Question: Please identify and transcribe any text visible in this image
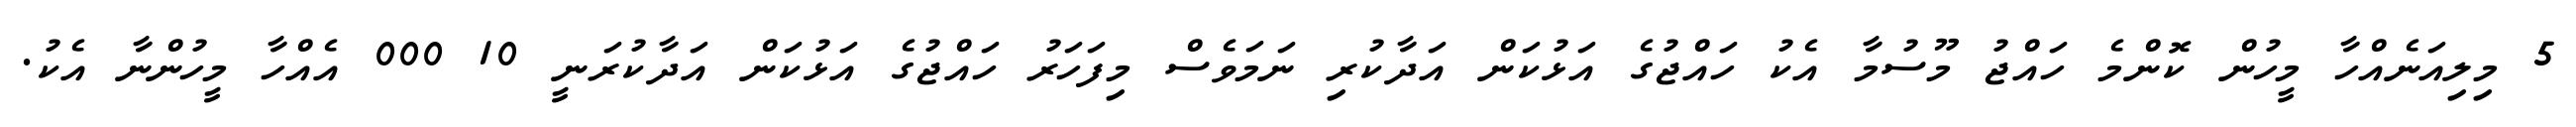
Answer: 5 މިލިއަނެއްހާ މީހުން ކޮންމެ ހައްޖު މޫސުމާ އެކު ހައްޖުގެ އަޅުކަން އަދާކުރި ނަމަވެސް މިފަހަރު ހައްޖުގެ އަޅުކަން އަދާކުރަނީ 10 000 އެއްހާ މީހުންނާ އެކު.